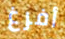
أفرغ